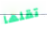
تقلها